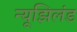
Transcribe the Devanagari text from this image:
न्यूझिलंड